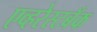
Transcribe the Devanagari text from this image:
एव्हरेस्टबँक